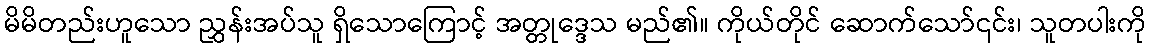
မိမိတည်းဟူသော ညွှန်းအပ်သူ ရှိသောကြောင့် အတ္တုဒ္ဒေသ မည်၏။ ကိုယ်တိုင် ဆောက်သော်၎င်း၊ သူတပါးကို